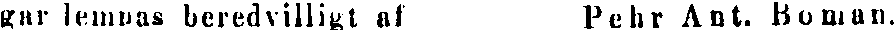
gar lempas beredvilligt af Pehr Ant. Boman.